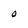
Character: 0